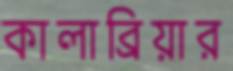
কালাব্রিয়ার